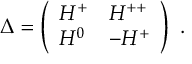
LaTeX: \Delta = \left( \begin{array} { l l } { { H ^ { + } } } & { { H ^ { + + } } } \\ { { H ^ { 0 } } } & { { - H ^ { + } } } \end{array} \right) \ .